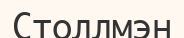
Столлмэн